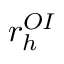
r _ { h } ^ { O I }